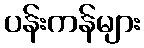
ပန်းကန်များ